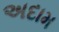
અદામ